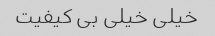
خیلی خیلی بی کیفیت